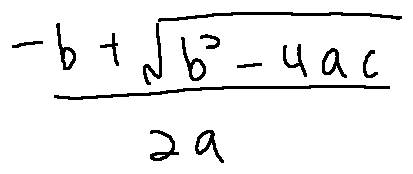
\frac { - b + \sqrt { b ^ { 2 } - 4 a c } } { 2 a }